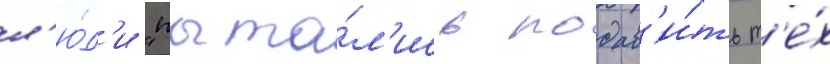
л'ю́д'и "пыта́л'ись подав'и́ть т'е́х